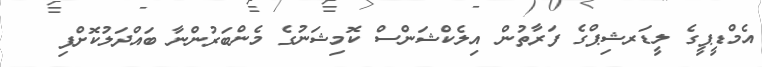
އެމްޑީޕީގެ ލީޑަރޝިޕްގެ ފަރާތުން އިލެކްޝަންސް ކޮމިޝަނުގެ މެންބަރުންނާ ބައްދަލުކޮށްފި